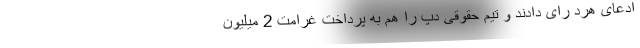
ادعای هرد رای دادند و تیم حقوقی دپ را هم به پرداخت غرامت 2 میلیون